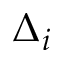
\Delta _ { i }